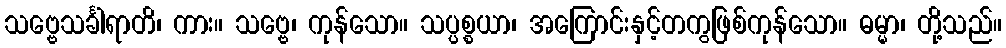
သဗ္ဗေသင်္ခါရာတိ၊ ကား။ သဗ္ဗေ၊ ကုန်သော။ သပ္ပစ္စယာ၊ အကြောင်းနှင့်တကွဖြစ်ကုန်သော။ ဓမ္မာ၊ တို့သည်။